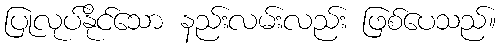
ပြုလုပ်နိုင်သော နည်းလမ်းလည်း ဖြစ်ပေသည်။